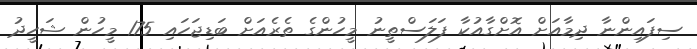
ސިފައިންނާ ދިމާއަށް އޮށްގާއުކާ ފަލަސްތީނު މީހުންގެ ތެރެއަށް ބަޑިޖަހައި 175 މީހުން ޝަހީދު